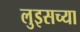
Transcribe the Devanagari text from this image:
लुइसच्या